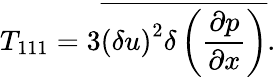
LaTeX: {T_{111}=3\overline{{\left(\delta u\right)^{2}\delta\left(\frac{\partial p}{\partial x}\right)}}}.